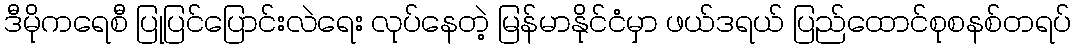
ဒီမိုကရေစီ ပြုပြင်ပြောင်းလဲရေး လုပ်နေတဲ့ မြန်မာနိုင်ငံမှာ ဖယ်ဒရယ် ပြည်ထောင်စုစနစ်တရပ်